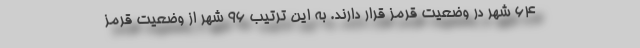
۶۴ شهر در وضعیت قرمز قرار دارند. به این ترتیب ۹۶ شهر از وضعیت قرمز